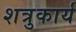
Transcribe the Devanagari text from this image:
शत्रुकार्य